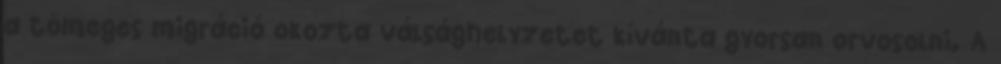
a tömeges migráció okozta válsághelyzetet kívánta gyorsan orvosolni. A